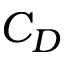
C _ { D }